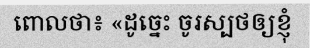
ពោលថា៖ «ដូច្នេះ ចូរស្បថឲ្យខ្ញុំ